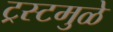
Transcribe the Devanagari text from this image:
ट्रस्टमुळे